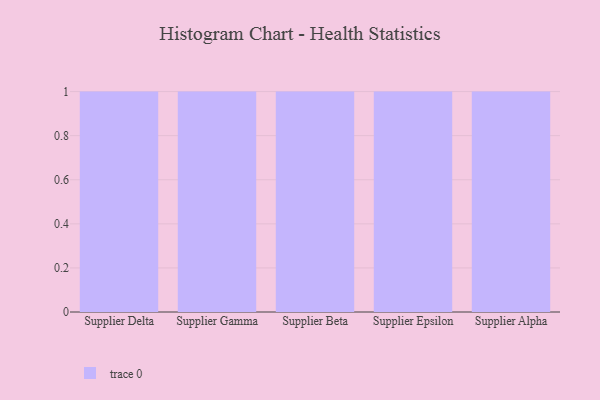
{"axis": {"x": "Supplier", "y": "Latency (ms)"}, "legend": [""], "data": [{"x": "Supplier Delta", "y": 53, "type": ""}, {"x": "Supplier Gamma", "y": 10, "type": ""}, {"x": "Supplier Beta", "y": 31, "type": ""}, {"x": "Supplier Epsilon", "y": 20, "type": ""}, {"x": "Supplier Alpha", "y": 8, "type": ""}]}